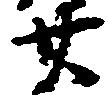
廿